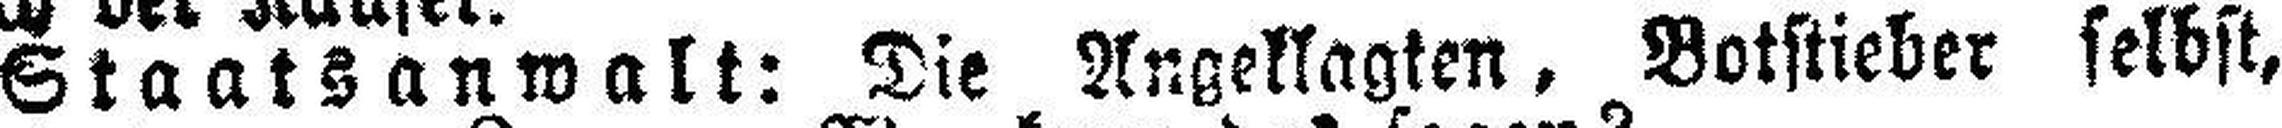
Staatsanwalt: Die Angeklagten, Botstieber selbst,